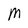
Character: M